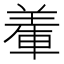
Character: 𨌅